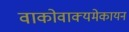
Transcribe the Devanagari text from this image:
वाकोवाक्यमेकायन